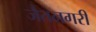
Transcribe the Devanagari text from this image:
जैतनगरी